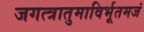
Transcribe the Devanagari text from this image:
जगत्त्रातुमाविर्भूतमजं